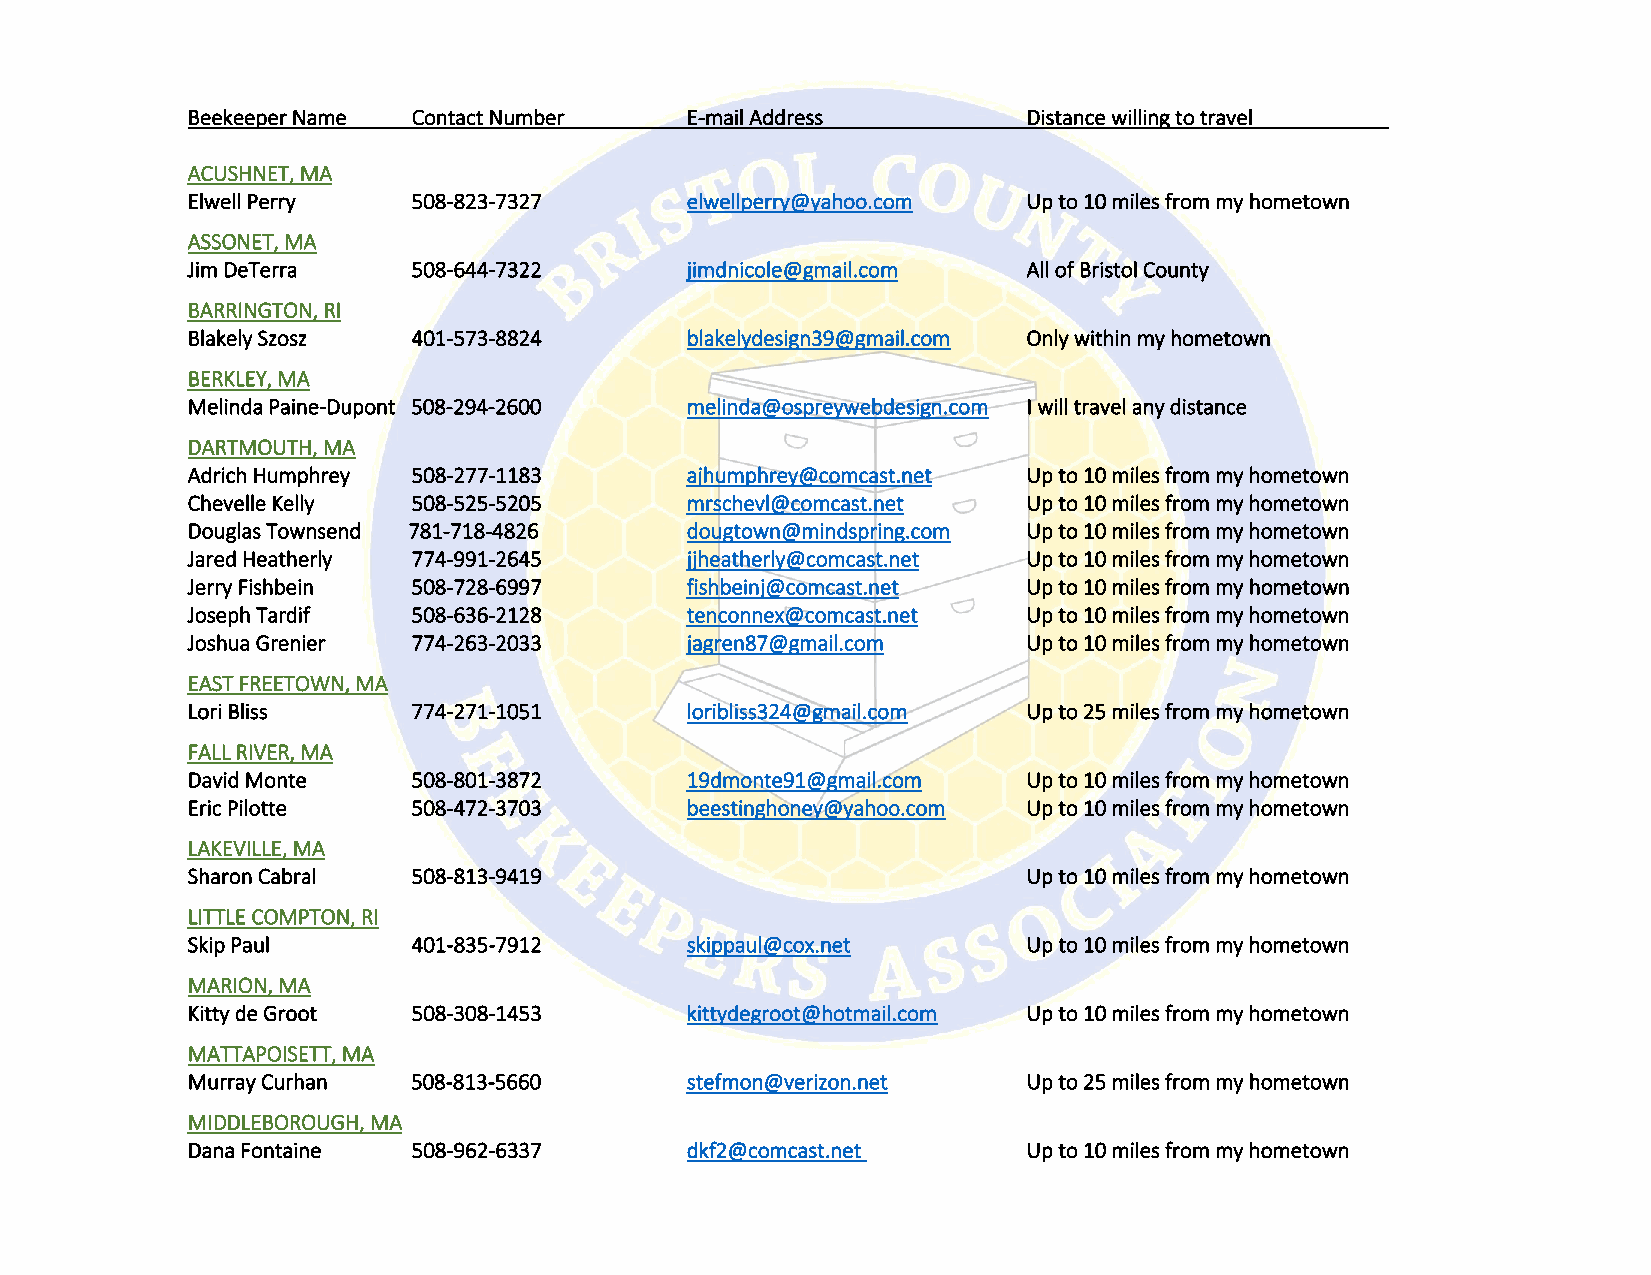
Beekeeper Name Contact Number    E-mail Address         Distance willing to travel
 ACUSHNET, MA
 Elwell Perry   508-823-7327      elwellperry@yahoo.com  Up to 10 miles from my hometown
 ASSONET, MA
 Jim DeTerra    508-644-7322      jimdnicole@gmail.com   All of Bristol County
 BARRINGTON, RI
 Blakely Szosz  401-573-8824      blakelydesign39@gmail.com Only within my hometown
 BERKLEY, MA
 Melinda Paine-Dupont 508-294-2600 melinda@ospreywebdesign.com I will travel any distance
 DARTMOUTH, MA
 Adrich Humphrey 508-277-1183     ajhumphrey@comcast.net Up to 10 miles from my hometown
 Chevelle Kelly 508-525-5205      mrschevl@comcast.net   Up to 10 miles from my hometown
 Douglas Townsend 781-718-4826    dougtown@mindspring.com Up to 10 miles from my hometown
 Jared Heatherly 774-991-2645     jjheatherly@comcast.net Up to 10 miles from my hometown
 Jerry Fishbein 508-728-6997      fishbeinj@comcast.net  Up to 10 miles from my hometown
 Joseph Tardif  508-636-2128      tenconnex@comcast.net  Up to 10 miles from my hometown
 Joshua Grenier 774-263-2033      jagren87@gmail.com     Up to 10 miles from my hometown
 EAST FREETOWN, MA
 Lori Bliss     774-271-1051      loribliss324@gmail.com Up to 25 miles from my hometown
 FALL RIVER, MA
 David Monte    508-801-3872      19dmonte91@gmail.com   Up to 10 miles from my hometown
 Eric Pilotte   508-472-3703      beestinghoney@yahoo.com Up to 10 miles from my hometown
 LAKEVILLE, MA
 Sharon Cabral  508-813-9419                             Up to 10 miles from my hometown
 LITTLE COMPTON, RI
 Skip Paul      401-835-7912      skippaul@cox.net       Up to 10 miles from my hometown
 MARION, MA
 Kitty de Groot 508-308-1453      kittydegroot@hotmail.com Up to 10 miles from my hometown
 MATTAPOISETT, MA
 Murray Curhan  508-813-5660      stefmon@verizon.net    Up to 25 miles from my hometown
 MIDDLEBOROUGH, MA
 Dana Fontaine  508-962-6337      dkf2@comcast.net       Up to 10 miles from my hometown